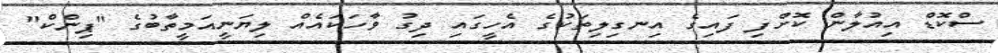
ސްކޮޑް އިއުލާން ކޮށްފި ފައިގެ އިނގިލިތަކުގެ އެހީގައި ދިގު ވާހަކައެއް ލިޔަނީއަމީތާބުގެ "ޕިންކް"